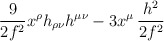
\begin{align*}{9\over 2 f^2} x^\rho h_{\rho\nu} h^{\mu\nu} - 3 x^{\mu}\, {h^2 \over 2 f^2}\end{align*}